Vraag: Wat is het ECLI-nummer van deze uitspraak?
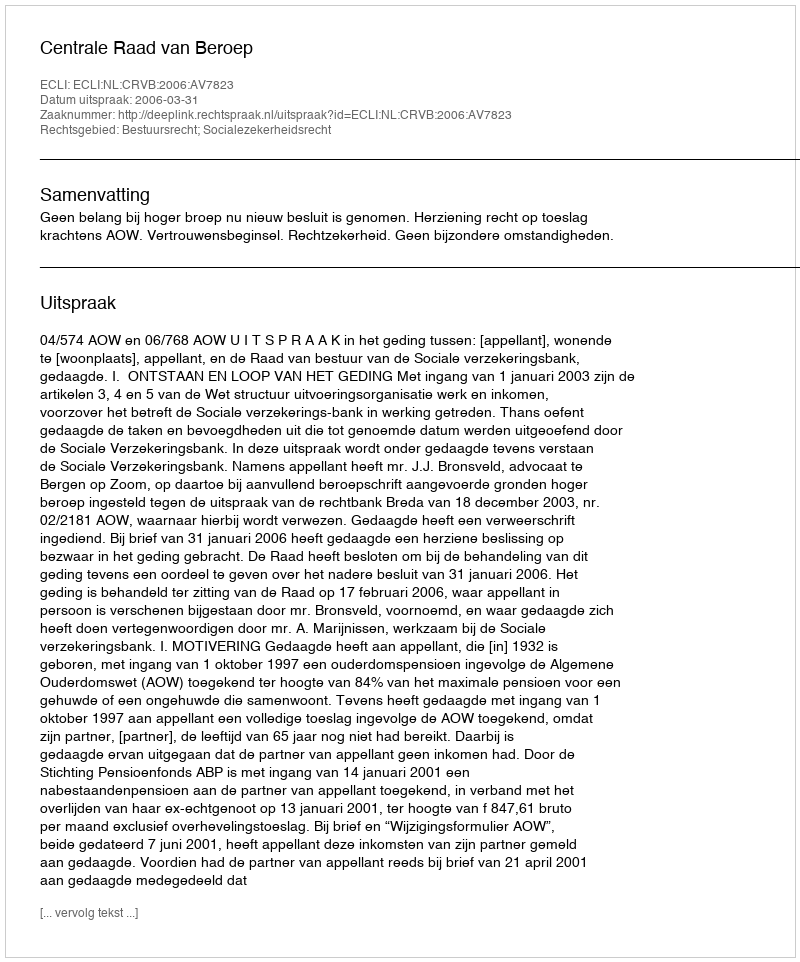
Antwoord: ECLI:NL:CRVB:2006:AV7823